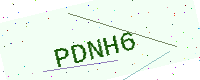
Text: PDNH6